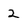
Character: 2